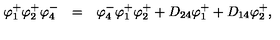
\begin{array} { r c l } { \varphi _ { 1 } ^ { + } \varphi _ { 2 } ^ { + } \varphi _ { 4 } ^ { - } } & { = } & { \varphi _ { 4 } ^ { - } \varphi _ { 1 } ^ { + } \varphi _ { 2 } ^ { + } + D _ { 2 4 } \varphi _ { 1 } ^ { + } + D _ { 1 4 } \varphi _ { 2 } ^ { + } , } \\ \end{array}